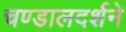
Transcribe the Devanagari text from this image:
चण्डालदर्शने